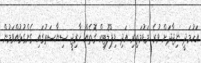
އަހުމަދީ ނިޖާދަށް ވުރެ މަޑުމަތިރި އަދި ޑިޕްލޮޓިކް ގޮތެއް ޚާރިޖީ ސިޔާސަތުގައި ގެންގުޅުއްވަމުން